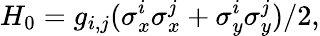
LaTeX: H_{0}=g_{i,j}(\sigma_{x}^{i}\sigma_{x}^{j}+\sigma_{y}^{i}\sigma_{y}^{j})/2,